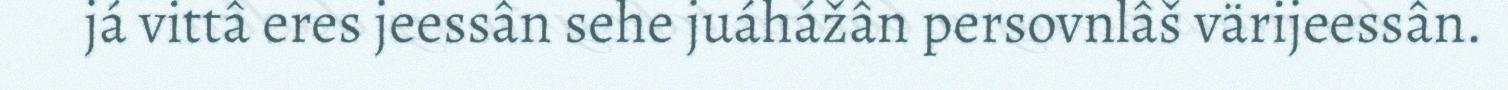
já vittâ eres jeessân sehe juáhážân persovnlâš värijeessân.